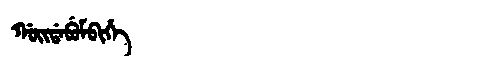
Manchu: ᡤᠣᡳᡩᠠᠪᡠᠮᠪᡳᡥᡝ
Romanization: GOIDABUMBIHE